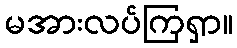
မအားလပ်ကြရှာ။